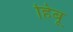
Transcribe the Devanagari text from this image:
हिबू